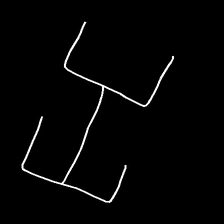
Glyph: entwine